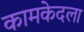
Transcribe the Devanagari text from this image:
कामकेदला